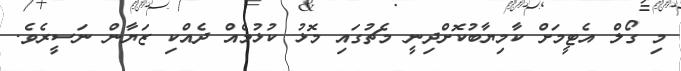
މި ގޯލް އެޓީމަށް ކާމިޔާބުކޮށްދިނީ މެޗުގައި މޮޅު ކުޅުމެއް ދެއްކި ޒަޔާން ނަސީރެވެ.